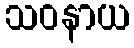
သဝနာယ